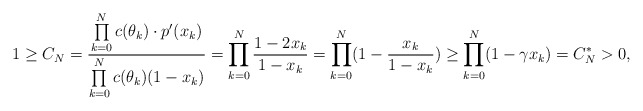
\begin{align*}1 \geq C_N = \frac{\prod \limits_{k=0}^N c(\theta_k) \cdot p'(x_k)}{\prod \limits_{k=0}^N c(\theta_k)(1-x_k)} = \prod \limits_{k=0}^N \frac{1 - 2x_k}{1 - x_k} = \prod \limits_{k=0}^N (1 - \frac{x_k}{1 - x_k}) \geq \prod \limits_{k=0}^N (1 - \gamma x_k) = C_N^* > 0,\end{align*}